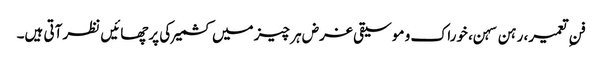
فنِ تعمیر، رہن سہن، خوراک و موسیقی غرض ہر چیز میں کشمیر کی پرچھائیں نظر آتی ہیں۔